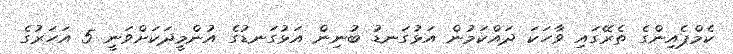
ކެމްޕެއިންގެ ތެރޭގައި ވާހަކަ ދައްކަމުން އަޅުގަނޑު ބުނިން އަޅުގަނޑުގެ އުންމީދަކަށްވަނީ 5 އަހަރުގެ